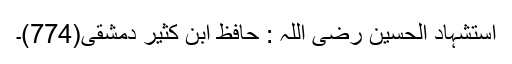
استشہاد الحسین رضی اللہ : حافظ ابن کثیر دمشقی(774)۔